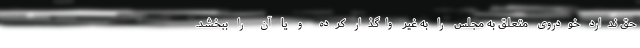
حق ندارد خودروی متعلق به مجلس را به غیر واگذار کرده و یا آن را ببخشد.